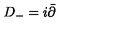
D _ { - } = i \bar { \partial }